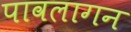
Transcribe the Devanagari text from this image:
पावलागन